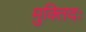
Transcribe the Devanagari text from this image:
मुक्तिदः